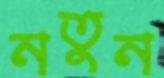
নতুন